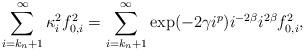
LaTeX: \begin{align*}\sum_{i=k_n+1}^\infty \kappa_i^2 f_{0,i}^2 = \sum_{i=k_n+1}^\infty \exp(-2\gamma i^p)i^{-2\beta}i^{2\beta} f_{0,i}^2,\end{align*}